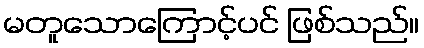
မတူသောကြောင့်ပင် ဖြစ်သည်။